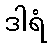
ဒါရံ